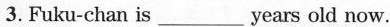
3.Fuku-chan is ___years old now